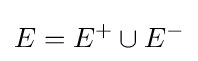
E=E^{+}\cup E^{-}